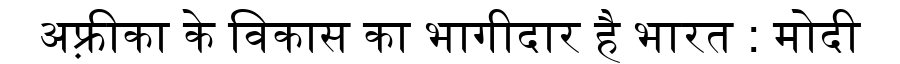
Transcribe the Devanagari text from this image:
अफ़्रीका के विकास का भागीदार है भारत : मोदी